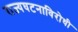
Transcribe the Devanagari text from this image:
राज्यघटनाविरोधी